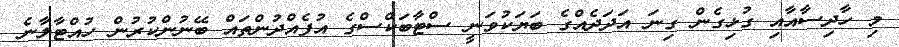
މި ހާދިސާއާއި ގުޅިގެން ގިނަ އަދަދެއްގެ ބަޔަކުވަނީ ސްޓާބަކްސްގެ އުފެއްދުންތައް ބޭނުންކުރުން ހުއްޓާލާނެ